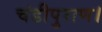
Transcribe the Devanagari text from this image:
चंडीपुराण।